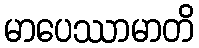
မာပေဿာမာတိ